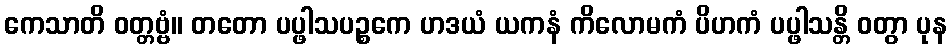
ကေသာတိ ဝတ္တဗ္ဗံ။ တတော ပပ္ဖါသပဉ္စကေ ဟဒယံ ယကနံ ကိလောမကံ ပိဟကံ ပပ္ဖါသန္တိ ဝတွာ ပုန